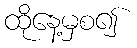
ထိုနေ့မှစ၍